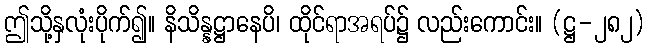
ဤသို့နှလုံးပိုက်၍။ နိသိန္နဋ္ဌာနေပိ၊ ထိုင်ရာအရပ်၌ လည်းကောင်း။ (ဋ္ဌ-၂၈၂)